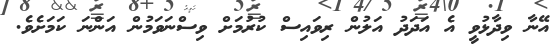
އޭނާ ވިދާޅުވީ އެ އަދަދު އަލުން ރިވައިސް ކުރުމަށް ވިސްނަވަމުން އަންނަ ކަމަށެވެ.